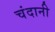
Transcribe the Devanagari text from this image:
चंदानी